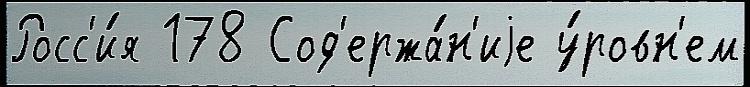
Росс'и́я 178 Сод'ержа́н'иjе у́ровн'ем